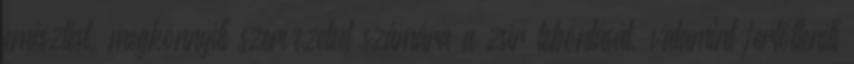
emésztést, megkönnyíti szervezeted számára a zsír lebontását, valamint fertőtleníti